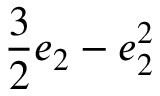
\displaystyle \frac { 3 } { 2 } e _ { 2 } - e _ { 2 } ^ { 2 }